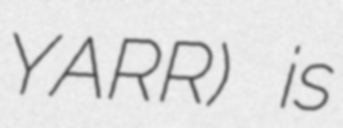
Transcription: YARR) is